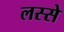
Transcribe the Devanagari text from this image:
लस्से